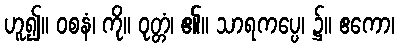
ဟူ၍။ ဝစနံ၊ ကို။ ဝုတ္တံ၊ ၏။ သာရကပ္ပေ၊ ၌။ ဧကော၊